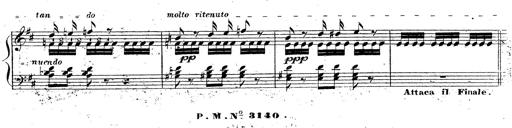
Title: Grande fantaisie sur la tyrolienne de l'opÃ©ra
Composer: Franz Liszt
Key: A major